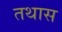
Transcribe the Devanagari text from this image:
तथास